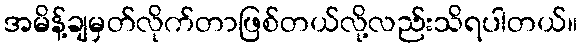
အမိန့်ချမှတ်လိုက်တာဖြစ်တယ်လို့လည်းသိရပါတယ်။